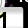
Digit: 1